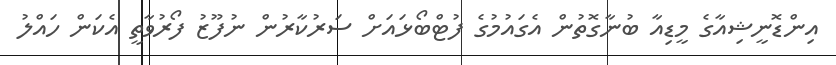
އިންޑޮނީޝިއާގެ މީޑިއާ ބުނާގޮތުން އެގައުމުގެ ފުޓްބޯޅައަށް ސަރުކާރުން ނުފޫޒު ފޯރުވާތީ އެކަން ހައްލު